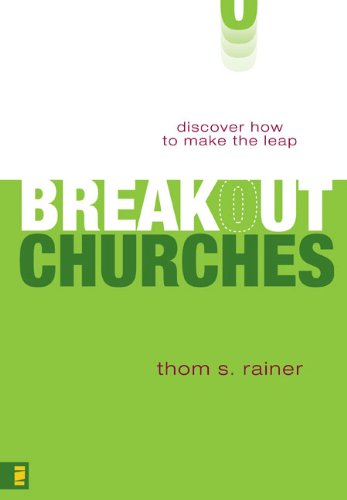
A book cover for Breakout Churches: Discover How to Make the Leap; Thom S. Rainer; Christian Books & Bibles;